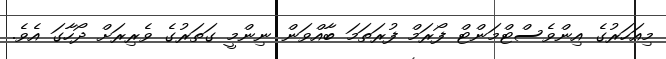
މިއަހަރުގެ އިންވެސްޓްމަންޓް ފޯރަމް ފުރަތަމަ ބާއްވަން ނިންމީ ގަތަރުގެ ވެރިރަށް ދޯހާގަ އެވެ.